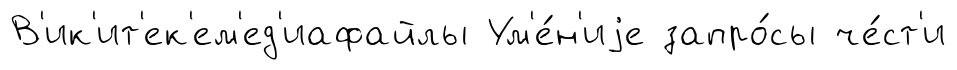
В'ик'ит'ек'ем'ед'иафайлы Ум'е́н'иjе запро́сы че́ст'и